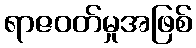
ရာဇဝတ်မှုအဖြစ်